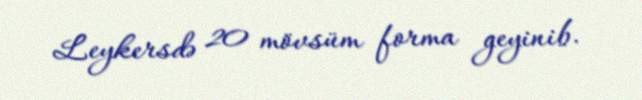
Leykersdə 20 mövsüm forma geyinib.